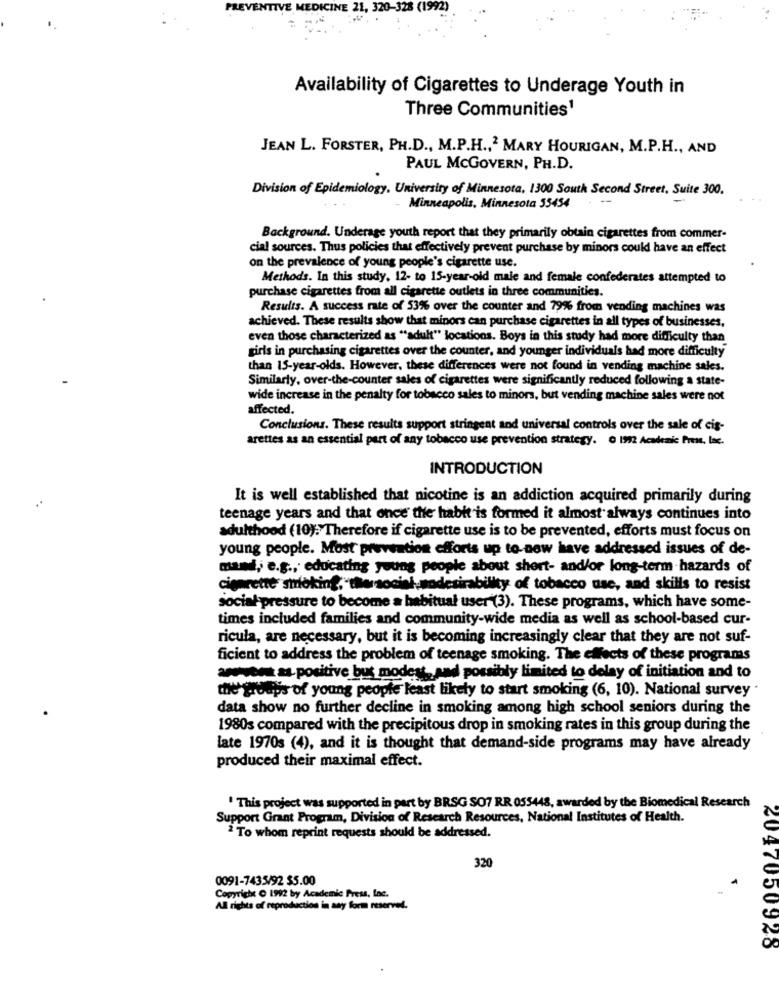
PREVENTIVE MEDICINE 21, 320-328 (1992)
Availability of Cigarettes to Underage Youth in
Three Communities1
JEAN L. FORSTER, PH.D ., M.P.H ., 2 MARY HOURIGAN, M.P.H ., AND
PAUL MCGOVERN, PH.D.
Division of Epidemiology. University of Minnesota, 1300 South Second Street, Suite 300.
-
Minneapolis, Minnesota 55454
Background. Underage youth report that they primarily obtain cigarettes from commer-
cial sources. Thus policies that effectively prevent purchase by minors could have an effect
on the prevalence of young people's cigarette use.
Methods. In this study, 12- to 15-year-old male and female confederates attempted to
purchase cigarettes from all cigarette outlets in three communities.
Results. A success rate of 53% over the counter and 79% from vending machines was
achieved. These results show that minors can purchase cigarettes in all types of businesses,
even those characterized as "adult" locations. Boys in this study had more difficulty than
girls in purchasing cigarettes over the counter, and younger individuals had more difficulty
than 15-year-olds. However, these differences were not found in vending machine sales.
Similarly, over-the-counter sales of cigarettes were significantly reduced following a state-
wide increase in the penalty for tobacco sales to minors, but vending machine sales were not
affected.
Conclusions. These results support stringent and universal controls over the sale of cis-
arettes as an essential part of any tobacco use prevention strategy. O 1992 Academic Pren, lac.
INTRODUCTION
It is well established that nicotine is an addiction acquired primarily during
teenage years and that once the habit is formed it almost always continues into
adulthood (10); Therefore if cigarette use is to be prevented, efforts must focus on
young people. Most prevention efforts up to now have addressed issues of de-
mand, e.g ., educating young people about short- and/or long-term hazards of
cigarette stroking,"thersocial.nodesirability of tobacco use, and skills to resist
social pressure to become a habitual user (3). These programs, which have some-
times included families and community-wide media as well as school-based cur-
ricula, are necessary, but it is becoming increasingly clear that they are not suf-
ficient to address the problem of teenage smoking. The effects of these programs
am a positive but modest ., and possibly limited to delay of initiation and to
the groups of young people least likely to start smoking (6, 10). National survey
data show no further decline in smoking among high school seniors during the
1980s compared with the precipitous drop in smoking rates in this group during the
late 1970s (4), and it is thought that demand-side programs may have already
produced their maximal effect.
' This project was supported in part by BRSG SO7 RR 055448, awarded by the Biomedical Research
Support Grant Program, Division of Research Resources, National Institutes of Health.
2 To whom reprint requests should be addressed.
320
0091-7435/92 $5.00
Copyright O 1992 by Academic Press, Loc.
All rights of reproduction in any form reserved.
2047050928